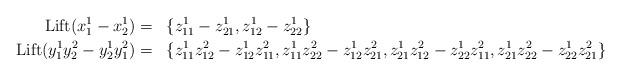
LaTeX: \begin{align*}\mathrm{Lift}(x^1_1 - x^1_2) &=&& \{z^1_{11} - z^1_{21}, z^1_{12} - z^1_{22}\} \\\mathrm{Lift}(y^1_1y^2_2 - y^1_2 y^2_1) &=&& \{ z^1_{11}z^2_{12} - z^1_{12} z^2_{11}, z^1_{11}z^2_{22} - z^1_{12} z^2_{21}, z^1_{21}z^2_{12} - z^1_{22} z^2_{11}, z^1_{21}z^2_{22} - z^1_{22} z^2_{21} \}\end{align*}